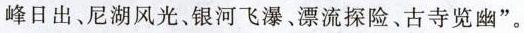
峰日出、尼湖风光、银河飞瀑﹑漂流探险、古寺览幽”。